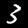
Digit: 3